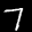
Label: 7